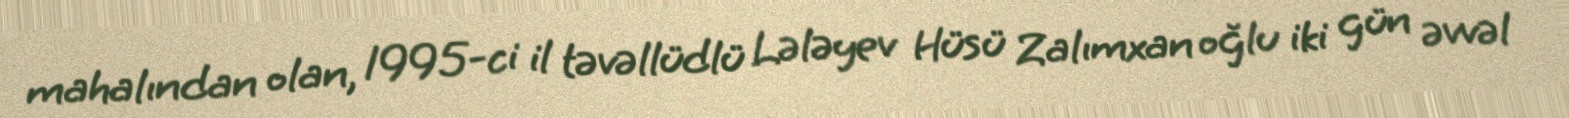
mahalından olan, 1995-ci il təvəllüdlü Lələyev Hüsü Zalımxan oğlu iki gün əvvəl